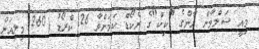
މިއީ ސަލްމާން ޚާންގެ "ކިކް"ގެ ރެކޯޑް ކަމަށްވާ 26 ކްރޯޑު (260 މިލިއަން